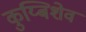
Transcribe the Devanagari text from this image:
कुय्बिशेव